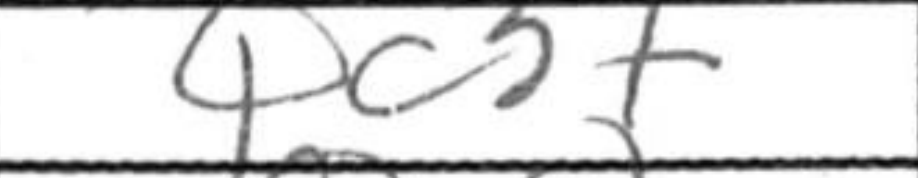
Transcription: Qc3+